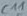
Text: C11